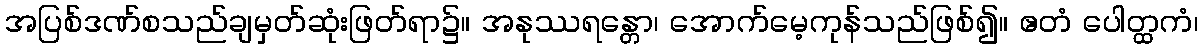
အပြစ်ဒဏ်စသည်ချမှတ်ဆုံးဖြတ်ရာ၌။ အနုဿရန္တော၊ အောက်မေ့ကုန်သည်ဖြစ်၍။ ဧတံ ပေါတ္ထကံ၊